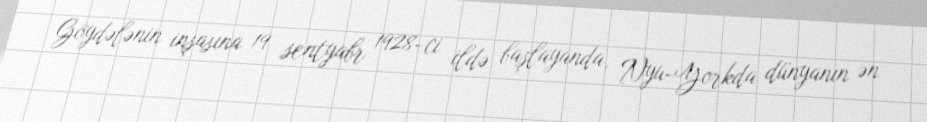
Göydələnin inşasına 19 sentyabr 1928-ci ildə başlayanda, Nyu-Yorkda dünyanın ən